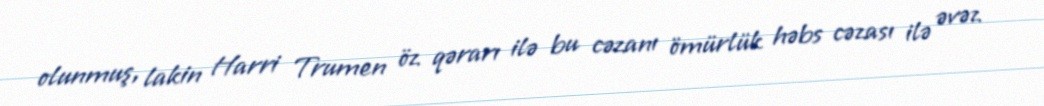
olunmuş, lakin Harri Trumen öz qərarı ilə bu cəzanı ömürlük həbs cəzası ilə əvəz